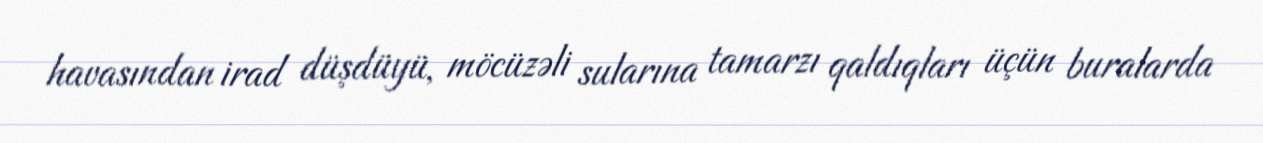
havasından irad düşdüyü, möcüzəli sularına tamarzı qaldıqları üçün buralarda